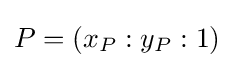
P=(x_{P}:y_{P}:1)